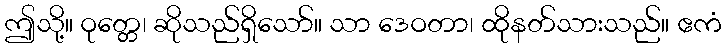
ဤသို့။ ဝုတ္တေ၊ ဆိုသည်ရှိသော်။ သာ ဒေဝတာ၊ ထိုနတ်သားသည်။ ဧကံ